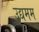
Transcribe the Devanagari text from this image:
उद्यमम